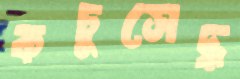
কচুসেদ্ধ